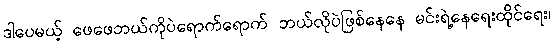
ဒါပေမယ့် ဖေဖေဘယ်ကိုပဲရောက်ရောက် ဘယ်လိုပဲဖြစ်နေနေ မင်းရဲ့နေရေးထိုင်ရေး၊